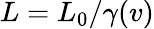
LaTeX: L=L_{0}/\gamma(v)